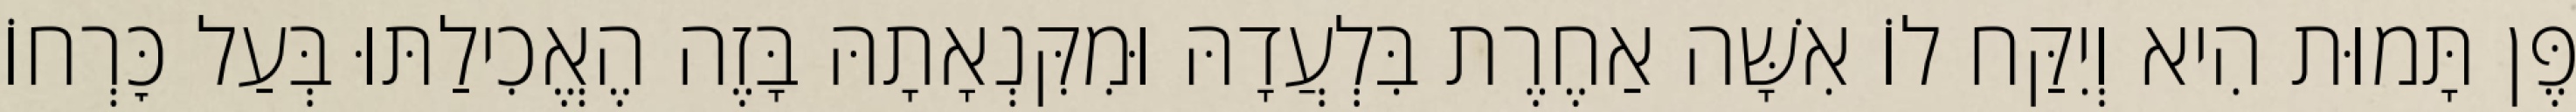
פֶּן תָּמוּת הִיא וְיִקַּח לוֹ אִשָּׁה אַחֶרֶת בִּלְעֲדָהּ וּמִקִּנְאָתָהּ בָּזֶה הֶאֱכִילַתּוּ בְּעַל כׇּרְחוֹ